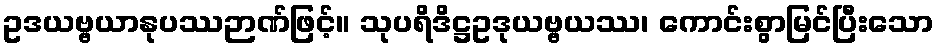
ဥဒယဗ္ဗယာနုပဿဉာဏ်ဖြင့်။ သုပရိဒိဋ္ဌဥဒုယဗ္ဗယဿ၊ ကောင်းစွာမြင်ပြီးသော